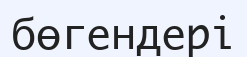
бөгендері